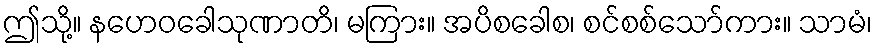
ဤသို့။ နဟေဝခေါသုဏာတိ၊ မကြား။ အပိစခေါစ၊ စင်စစ်သော်ကား။ သာမံ၊